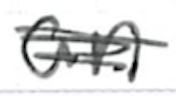
Text: an
Cross-out: scratch
Writing tool: ballpoint